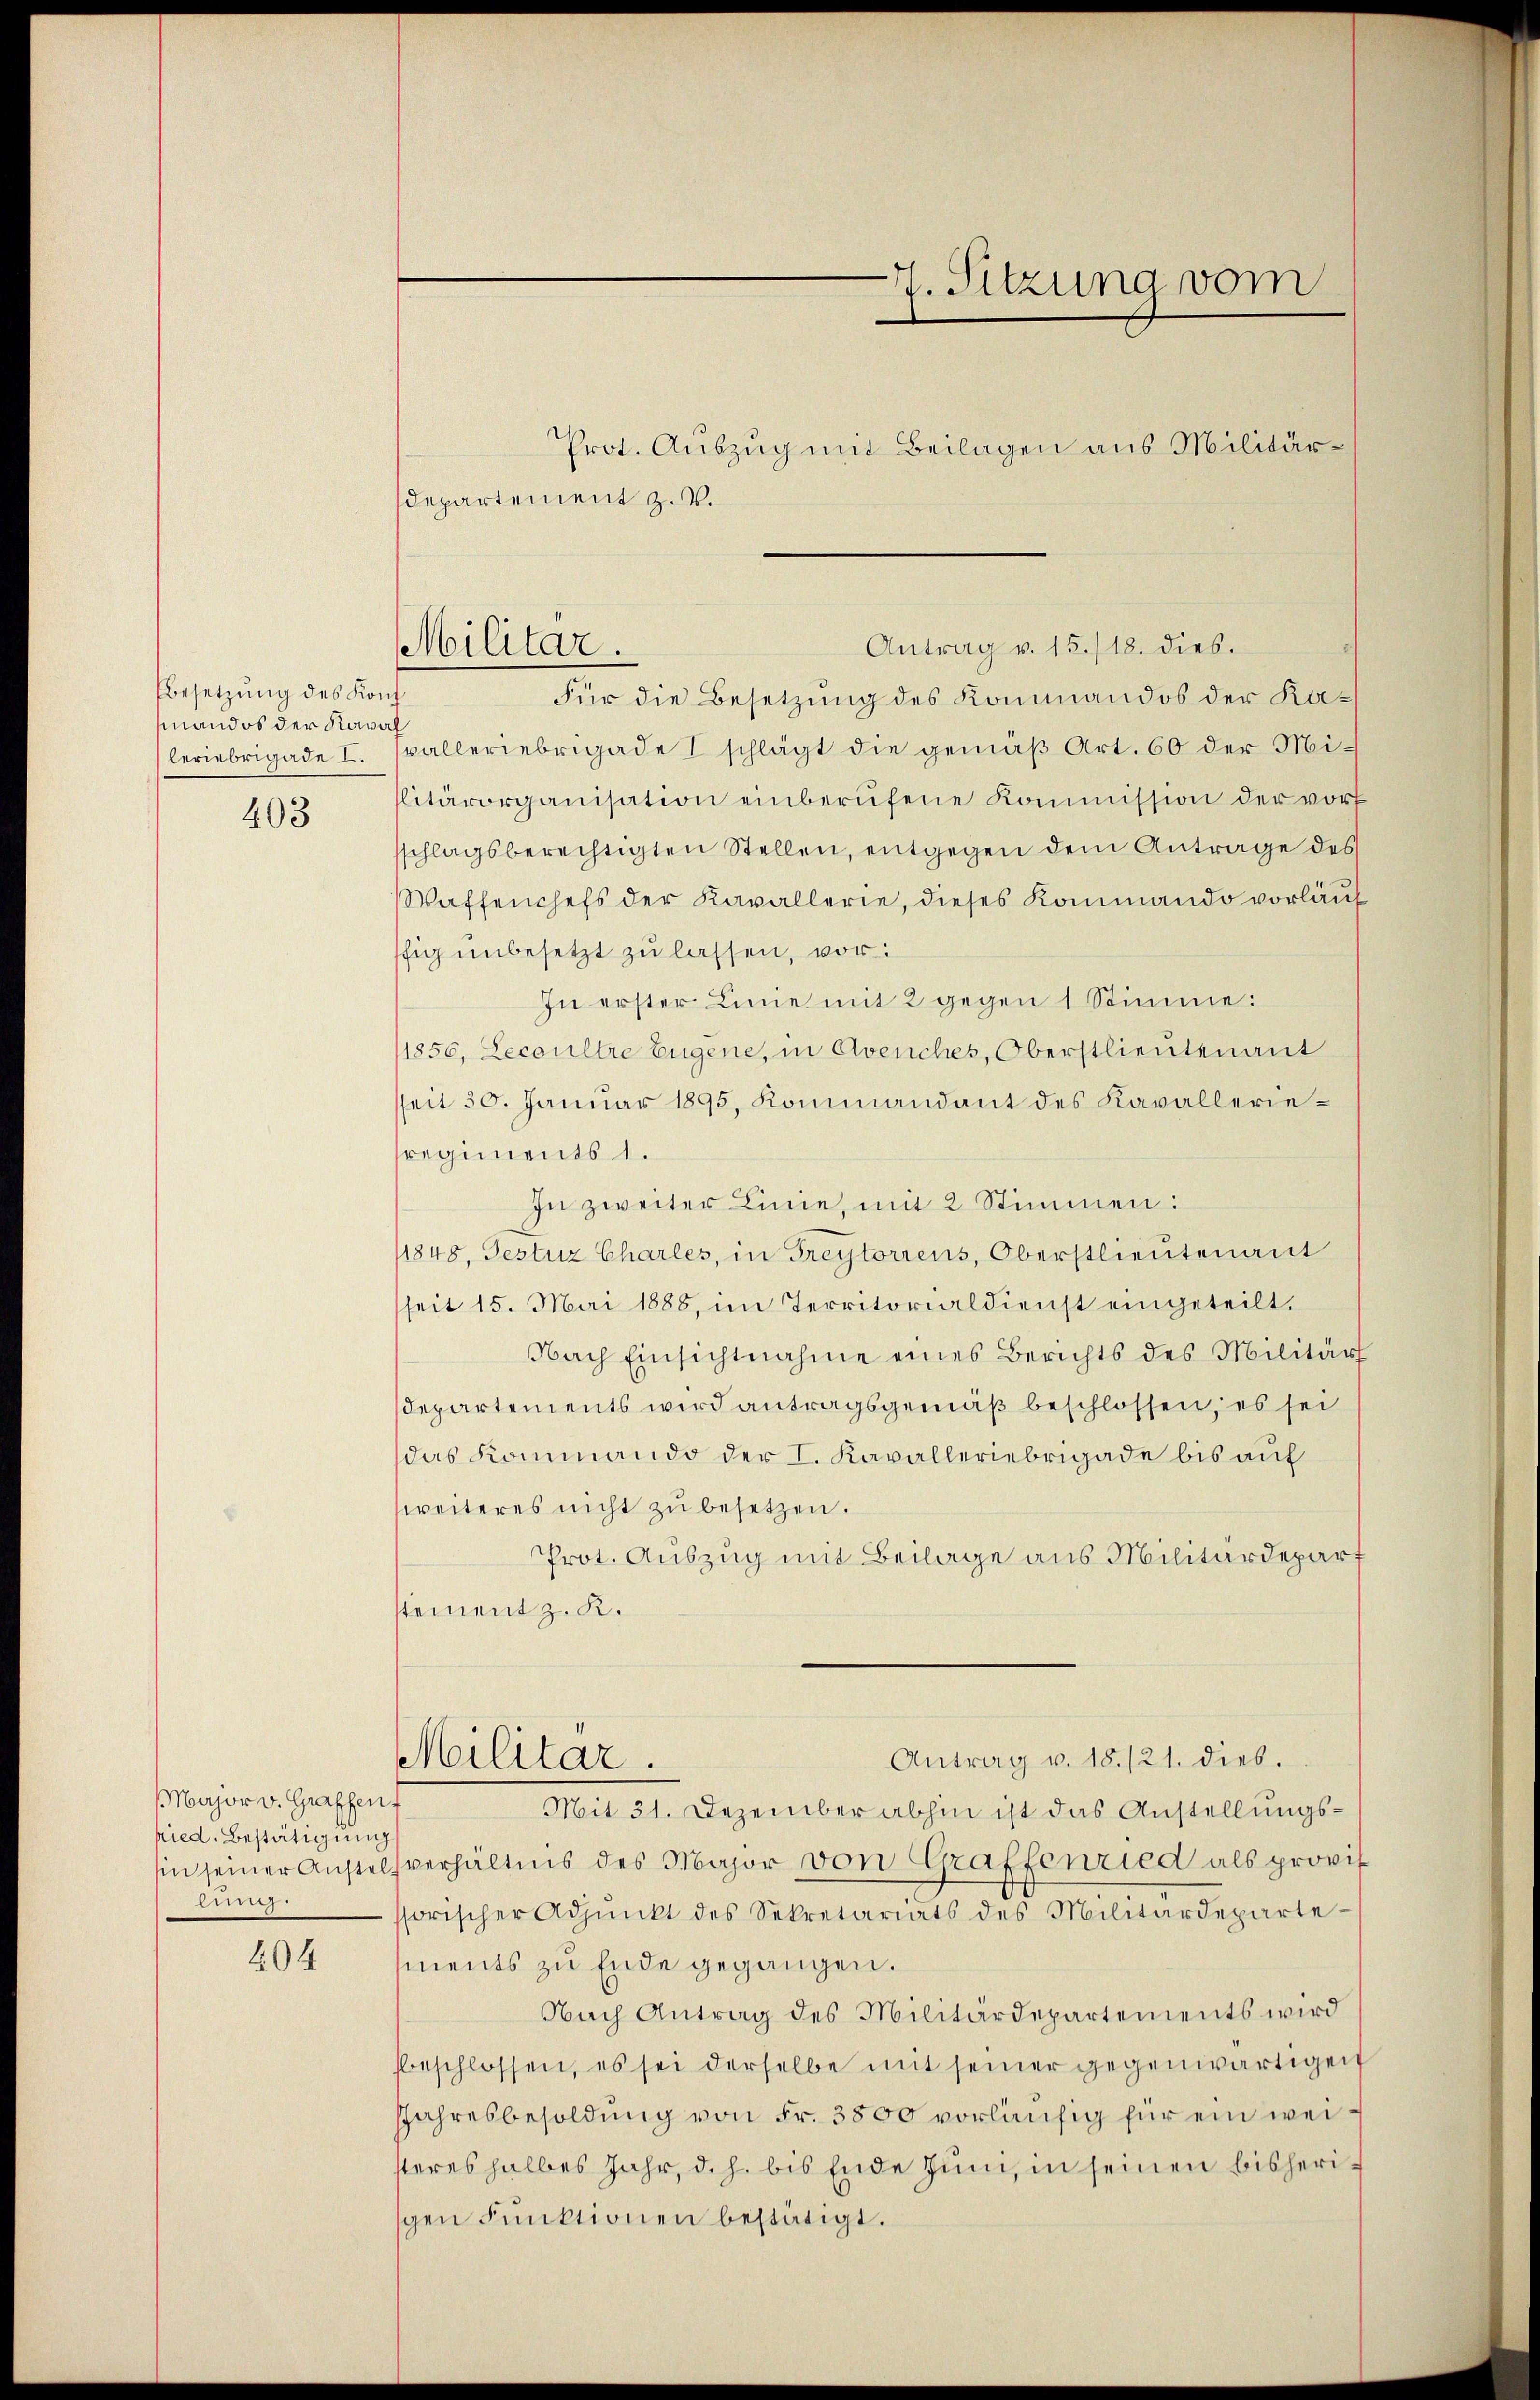
besetzung des Konf
mand ob der Kowal

203

Major v. Graffenf
hied. Bestätigung
sin seiner Anstel¬

404

Militar.

departement z. B.

Für die Besetzung des Kommandos der Kaleriebrigade I. (alleriebrigade I schlägt die gemäβ Art. 60 der Mi-
litärorganisation einberŭfene Kommission der vor
schlagsberechtigten Stellen, entgegen dem Antrage des
Waffenchefs der Kavallerie, dieses Kommando vorläuf
ffig unbesetzt zu lassen, vor:
In erster Linie mit 2 gegen 1 Stimme:
/1850, Lecoulte Eugene, in Avenches, Oberstlieutenant
sseit 30. Janŭar 1895. Kommandant des Kavalleriesregiments 1.
In zweiter Linie, mit 2 Stimmen:
1848, Gestüz Charles, in Freytorrens, Oberstlieutenant
seit 15. Mai 1888, im Territorialdienst eingeteilt.
Nach Einsichtnahme eines Berichts des Militär
Departements wird antragsgemäß beschlossen; es sei
das Kommando der I. Kavalleriebrigade bis auf
weiteres nicht zu besetzen.
Prot. Auszug mit Beilage aus Militärdepart
stement z. K.
Antrag v. 18./21. dies.
Militar.
Mit 31. Dezember abhin ist das Anstellungsverhältnis des Major von Graffenried als provis
ssorischer Adjunkt des Sekretariats des Militärdepartements zu Ende gegangen.
Nach Antrag des Militärdepartements wird
sbeschlossen, es sei derselbe mit seiner gegenwärtigen
JJahresbesoldung von Fr. 3800 vorläufig für ein weisteres halbes Jahr, d. h. bis Ende zum, in seinen bisherigen Funktionen bestätigt.

Prot. Auszug mit Beilagen aus Militär¬

4. Sitzung vom

Antrag v. 15./18. dies.